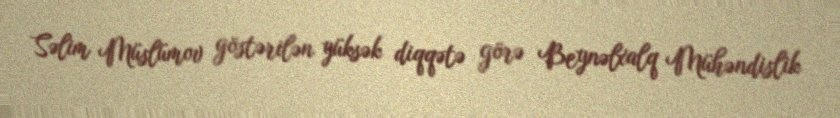
Səlim Müslümov göstərilən yüksək diqqətə görə Beynəlxalq Mühəndislik